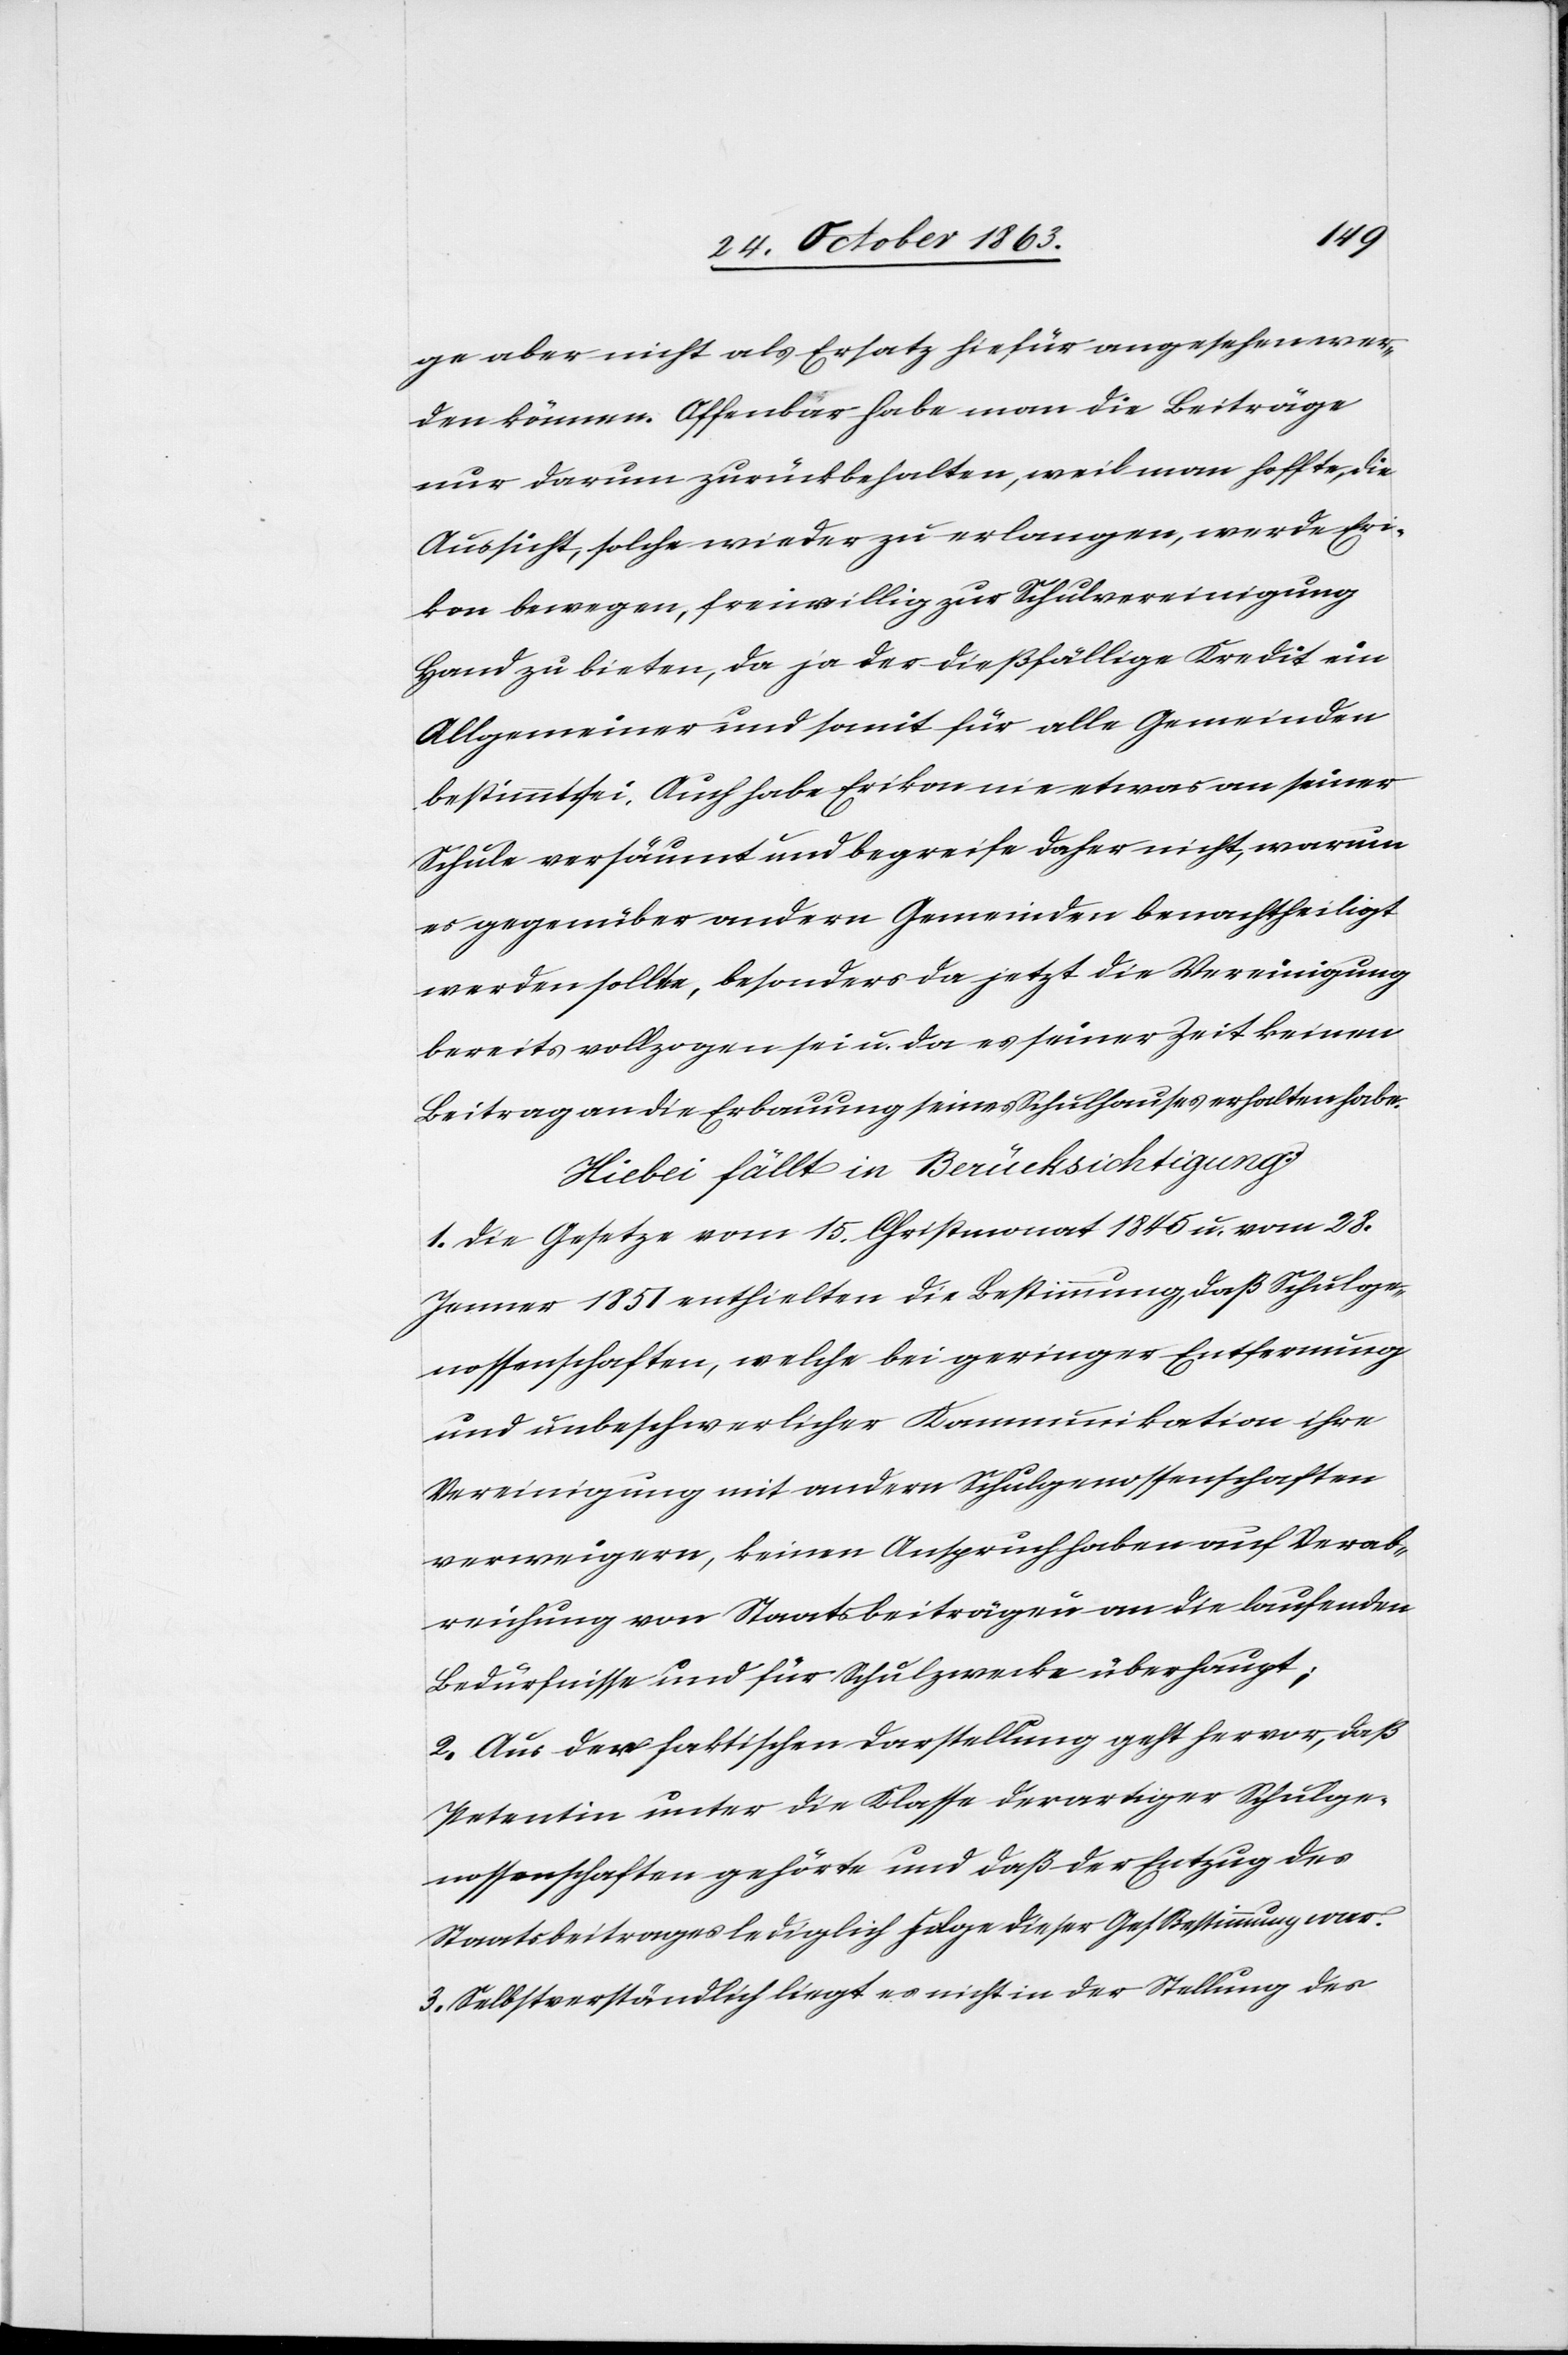
ge aber nicht als Ersatz hiefür angesehen wer¬
den können. Offenbar habe man die Beiträge
nun darum zurückbehalten, weil man hoffte, die
Aussicht, solche wieder zu erlangen, werde Eri¬
kon bewegen, freiwillig zur Schulvereinigung
Hand zu bieten, da ja der dießfällige Kredit ein
Allgemeiner und somit für alle Gemeinden
bestimmt sei. Auch habe Erikon nie etwas an seiner
Schule versäumt und begreife daher nicht, warum
es gegenüber andern Gemeinden benachtheiligt
werden sollte, besonders da jetzt die Vereinigung
bereits vollzogen sei u. da es seiner Zeit keinen
Beitrag an die Erbauung seines Schulhauses erhalten habe.
Hiebei fällt in Berücksichtigung:
1. Die Gesetze vom 15. Christmonat 1845 u. vom 28.
Jenner 1857 enthielten die Bestimmung, daß Schulge¬
nossenschaften, welche bei geringer Entfernung
und unbeschwerlicher Kommunikation ihre
Vereinigung mit andern Schulgenossenschaften
verweigern, keinen Anspruch haben auf Verab¬
reichung von Staatsbeiträgen an die laufenden
Bedürfnisse und für Schulzwecke überhaupt;
2. Aus der faktischen Darstellung geht hervor, daß
Petentin unter die Klasse derartiger Schulge¬
nossenschaften gehörte und daß der Entzug des
Staatsbeitrages lediglich Folge dieser Ges. Bestimmung war.
3. Selbstverständlich liegt es nicht in der Stellung des